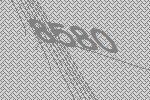
8580